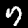
Label: 7